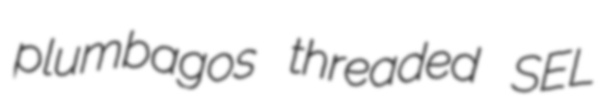
plumbagos threaded SEL